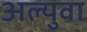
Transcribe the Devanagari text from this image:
अल्युवा